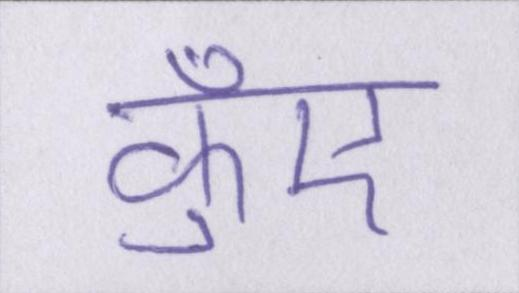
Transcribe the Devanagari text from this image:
कुँए